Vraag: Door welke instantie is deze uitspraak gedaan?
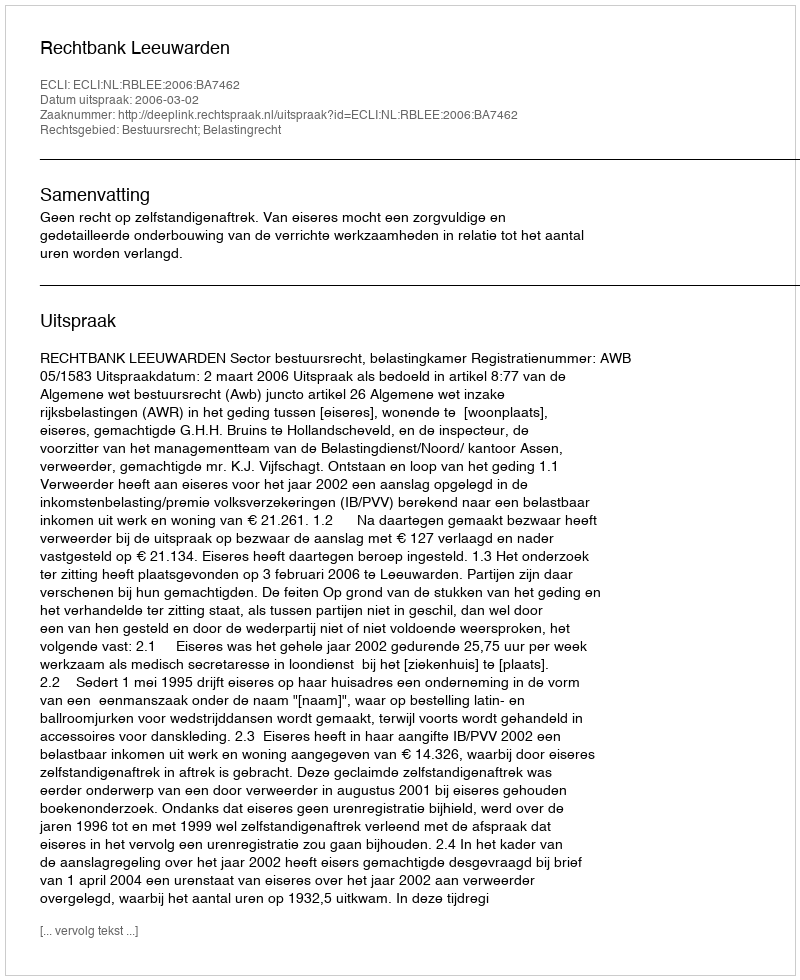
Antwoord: Rechtbank Leeuwarden